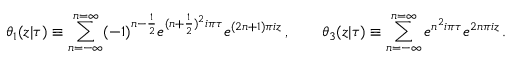
\theta _ { 1 } ( z | \tau ) \equiv \sum _ { n = - \infty } ^ { n = \infty } ( - 1 ) ^ { n - \frac { 1 } { 2 } } e ^ { ( n + \frac { 1 } { 2 } ) ^ { 2 } i \pi \tau } e ^ { ( 2 n + 1 ) \pi i z } \, , \qquad \theta _ { 3 } ( z | \tau ) \equiv \sum _ { n = - \infty } ^ { n = \infty } e ^ { n ^ { 2 } i \pi \tau } e ^ { 2 n \pi i z } \, .